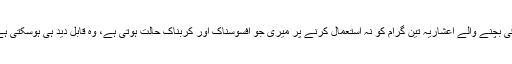
۷۹ گرام پیسٹ استعمال کرلیتا ہوں اور باقی بچنے والے اعشاریہ تین گرام کو نہ استعمال کرنے پر میری جو افسوسناک اور کربناک حالت ہوتی ہے، وہ قابل دید ہی ہوسکتی ہے، لفظ اس کو بیان کرنے سے قاصر ہیں۔